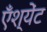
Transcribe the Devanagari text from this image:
एँश्येंट